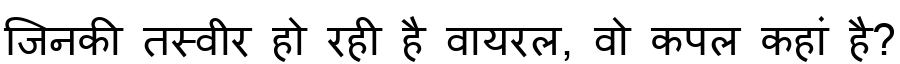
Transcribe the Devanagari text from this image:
जिनकी तस्वीर हो रही है वायरल, वो कपल कहां है?